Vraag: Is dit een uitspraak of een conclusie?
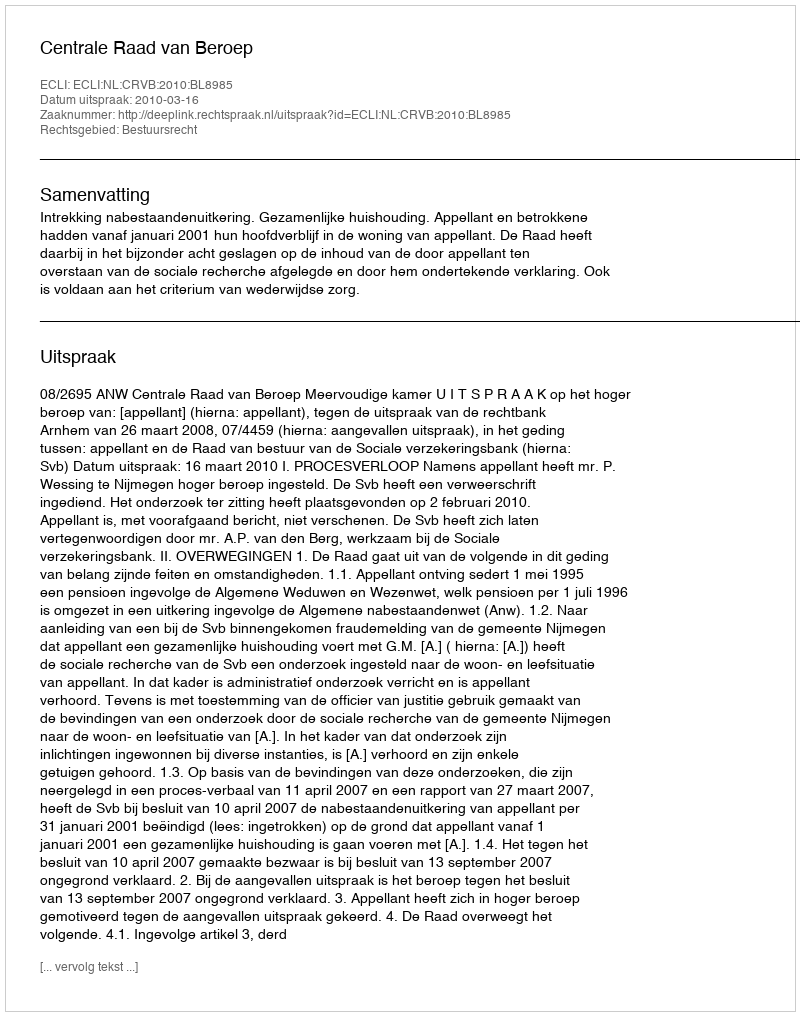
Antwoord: Uitspraak